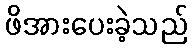
ဖိအားပေးခဲ့သည်